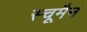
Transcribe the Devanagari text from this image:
स्चूमैन